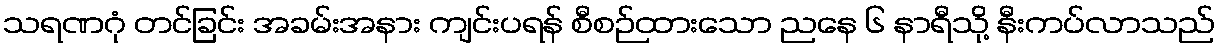
သရဏဂုံ တင်ခြင်း အခမ်းအနား ကျင်းပရန် စီစဉ်ထားသော ညနေ ၆ နာရီသို့ နီးကပ်လာသည်